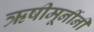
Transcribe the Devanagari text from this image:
ऋषीमूनींनी